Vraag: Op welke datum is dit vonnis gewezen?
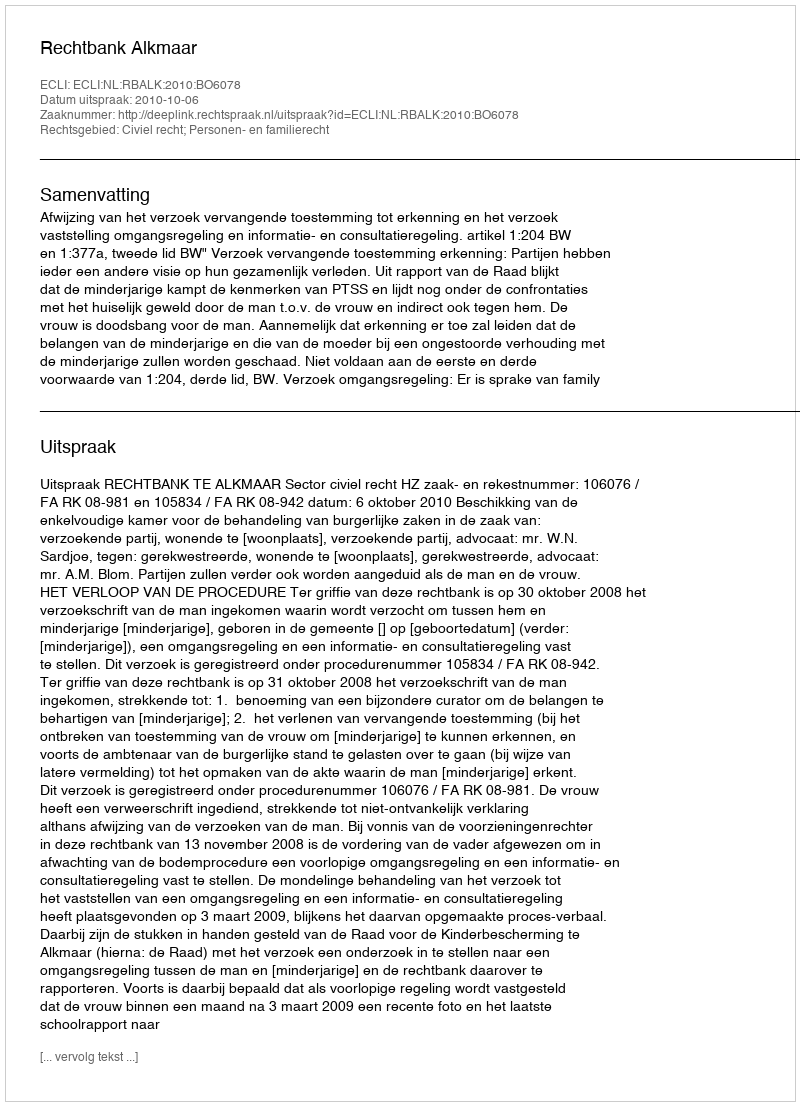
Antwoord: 2010-10-06